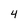
Character: 4